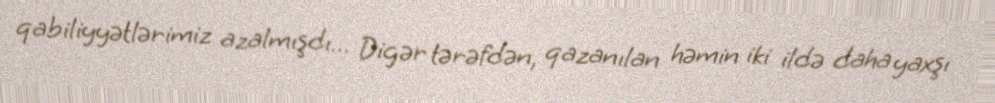
qabiliyyətlərimiz azalmışdı… Digər tərəfdən, qazanılan həmin iki ildə daha yaxşı